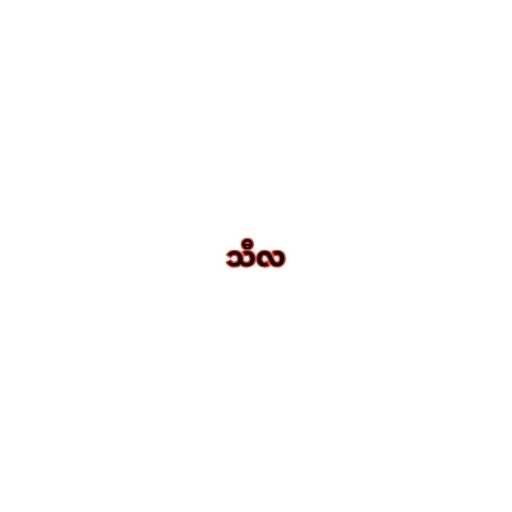
သီလ